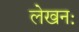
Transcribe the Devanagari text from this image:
लेखनः